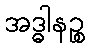
အဒ္ဓါနဉ္စ